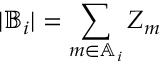
\vert { \mathbb { B } } _ { i } \vert = \sum _ { m \in { \mathbb { A } } _ { i } } Z _ { m }